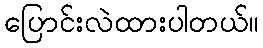
ပြောင်းလဲထားပါတယ်။